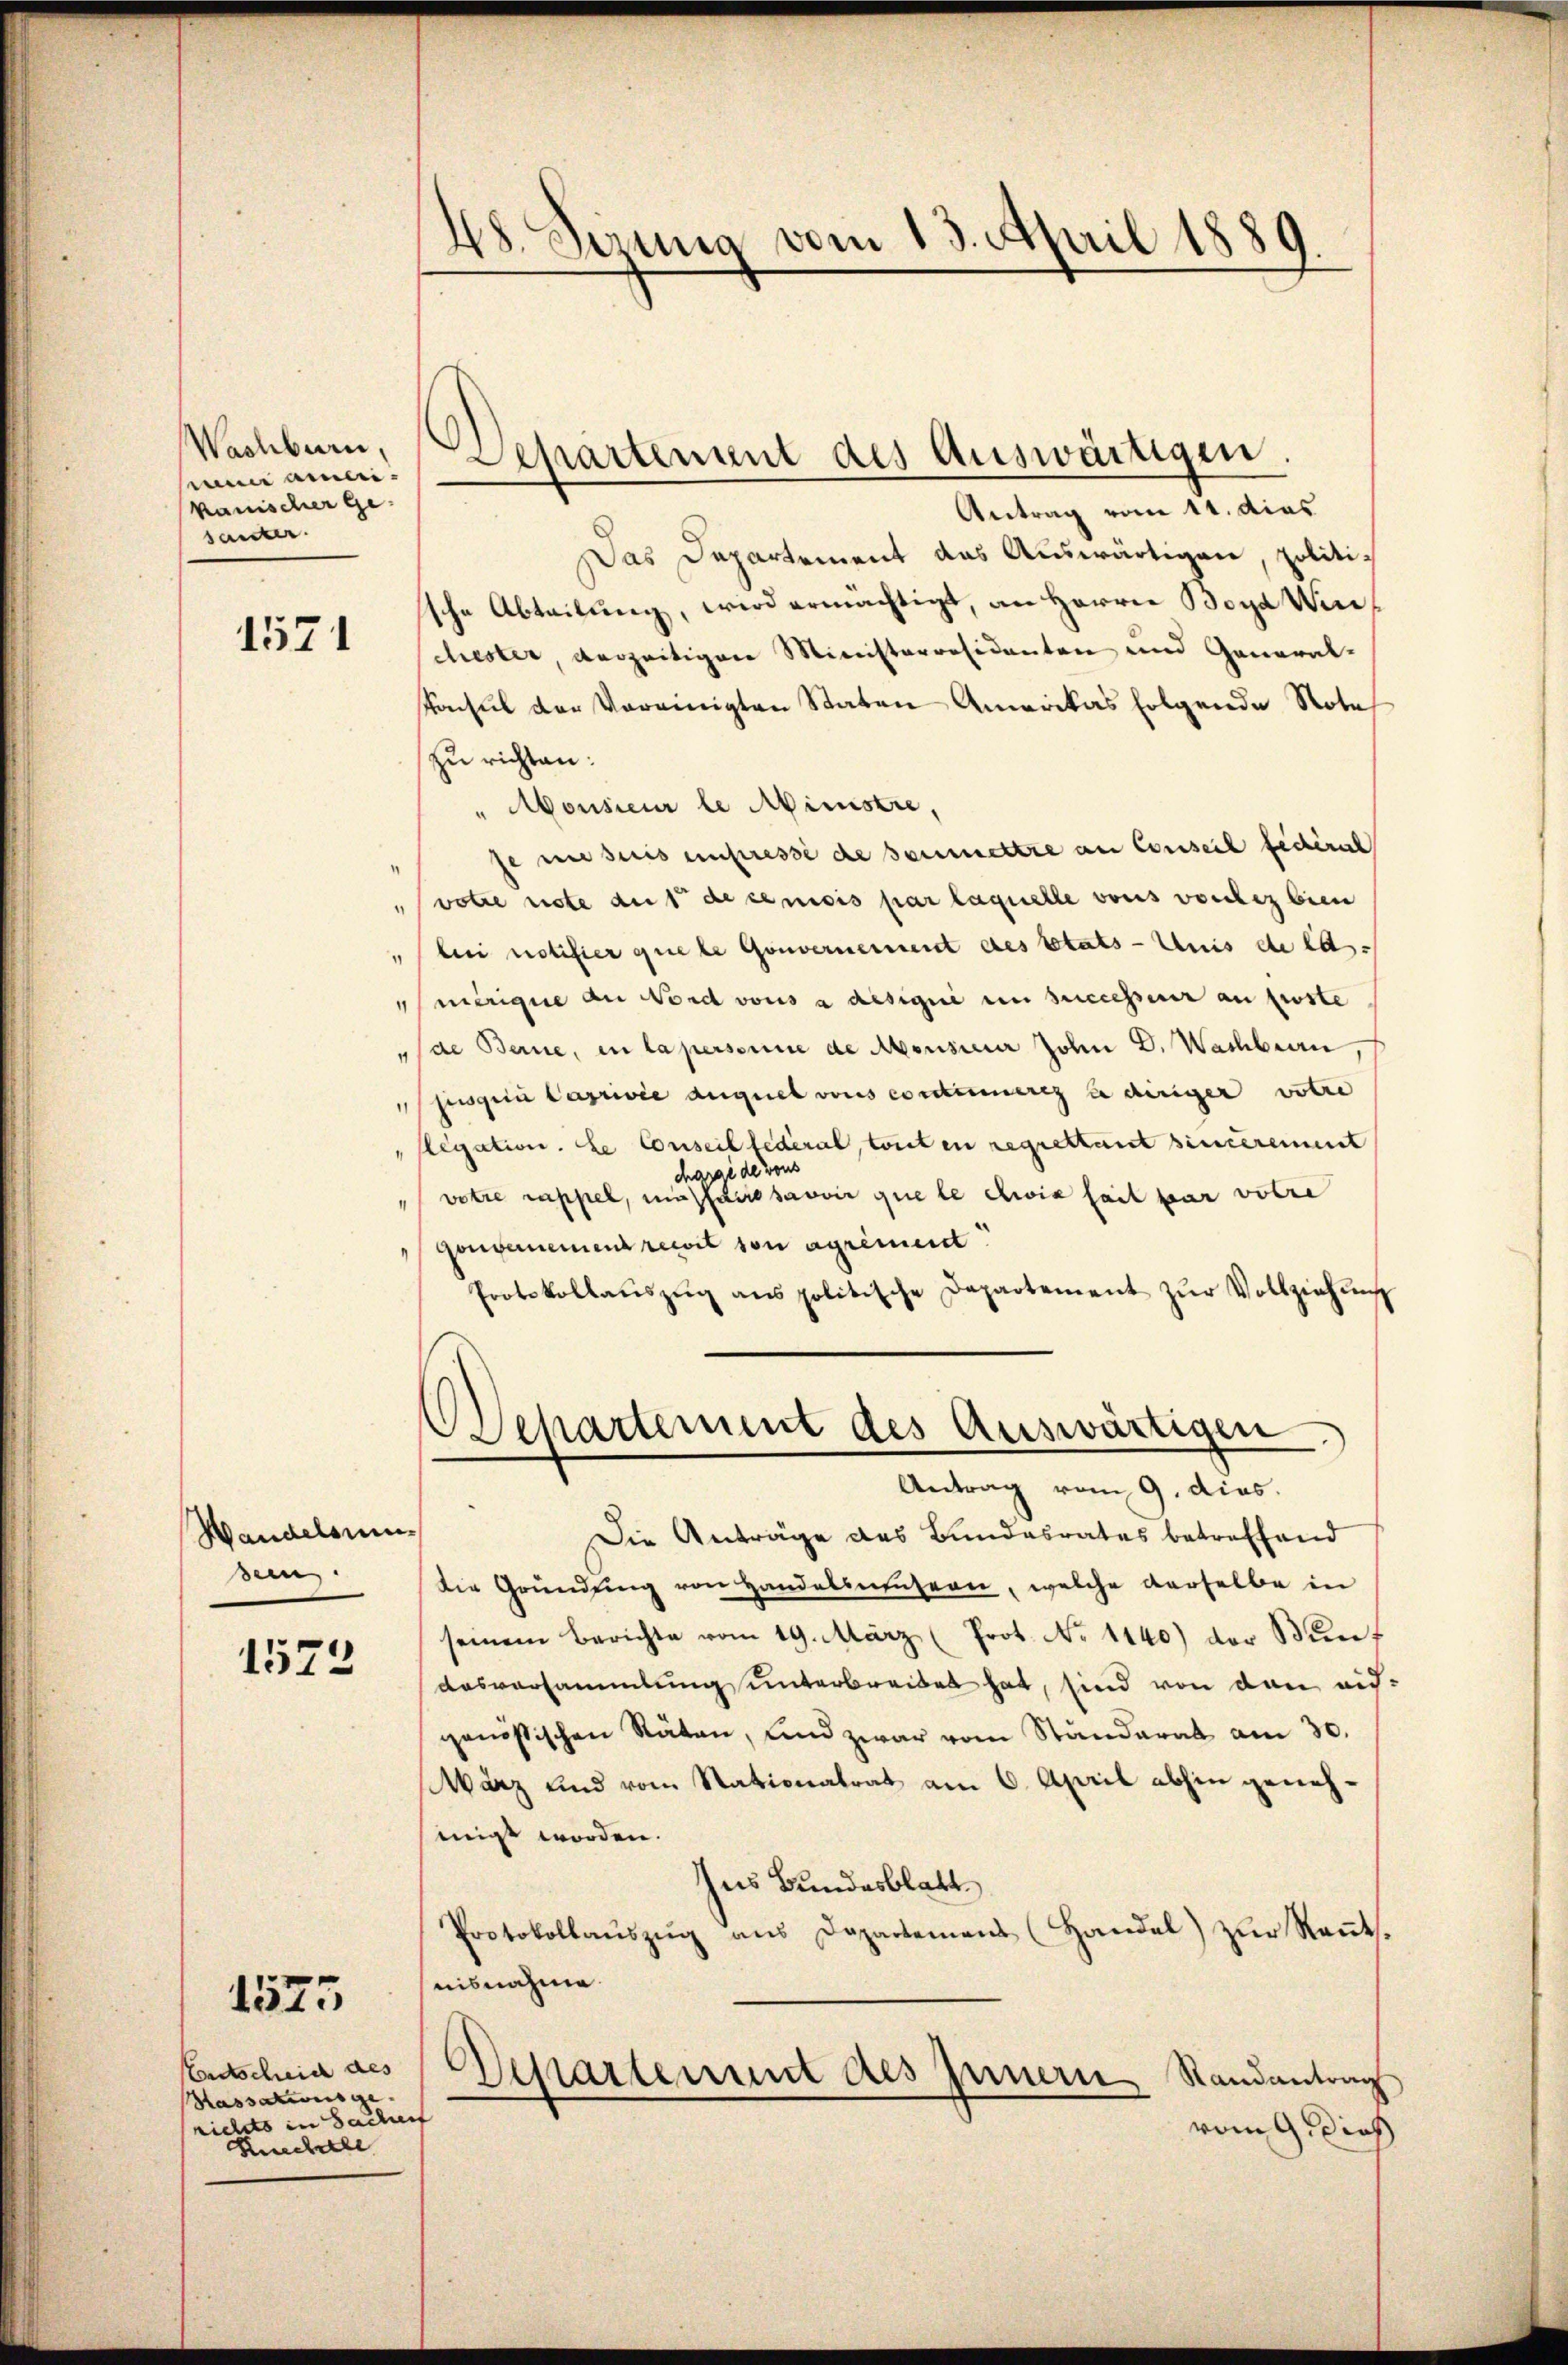
Wachbarn,
seine anleikanischer Ge-
santer

1571

Wandelsumsein.

1573

Antrag vom 11. dies
Das Departement das Auswärtigen, politi-
sche Abteilung, wird ermächtigt, an Herrn Boya Winchester verzeitigen Ministerresidenten und General-
Konsul der Vereinigten Staten Amerikas folgende Note
zu richten:
"Monsieur le Ministre,
se mises einpresse de soumettre an Conseil fédéral
votre note aus de censis par laquelle vons vorhez bien
" bei notifier quele Gouvernennent des tats - Auis de las
mirigie an Nord vons à desiqui en successeur an feste
"de Berne, in Lapersonne de Mousiner John D. Wachbarn,
jugen Caprivée auguel vons contimeres à diriger votre
"Elegation. Le Conseil fédéral, tout en regrettant sinterement
charge de vons
votre rappel, massairesavoir quele wie fait par volre
Gouvernement recit von agrément.
Protokollaŭszŭg ans politische Departement zŭr Vollziehŭng
Departement des Auswärtigen
Antrag vom 9. dies
Die Anträge des Bundesrates betreffend
Die Gründung von Handelsausern, welche derselbe in
seinem Berichte vom 19. März (Prot. No 1140) der Bunt
Aasversammlung unterbreitet hat, sind von den eidgenössischen Räten, und zwar vom Standerat am 30.
arz und vom Stationalrat am 6. April abhin genehmigt worden.
Ins Bundesblatt
Protokollaŭszŭg ans Departemens (Handel) zŭr Raṅts.
nisnahme.
Departement des Innern
Randantrag
vom 9. dies

Entscheid des
Hassationsge-
richts in Sachert
Knechtle

1575

48. Sezung vom 13. April 1889.

Departement des Auswärtigen.